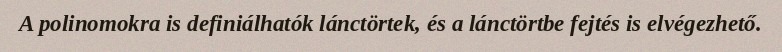
A polinomokra is definiálhatók lánctörtek, és a lánctörtbe fejtés is elvégezhető.